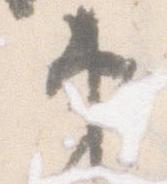
第